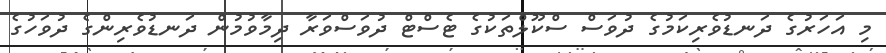
މި އަހަރުގެ ދަނޑުވެރިކަމުގެ ދުވަސް ސްކޫލްތަކުގެ ޓެސްޓް ދުވަސްވަރާ ދިމާވުމުން ދަނޑުވެރިންގެ ދުވަހުގެ